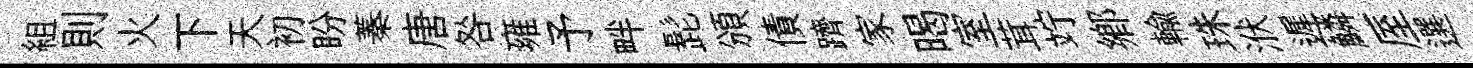
組則火下天初盼蓁唐咎雍予畔髭頒債躋家暍室茸竚鄕輸珠洑遲鱗厔選